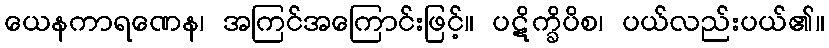
ယေနကာရဏေန၊ အကြင်အကြောင်းဖြင့်။ ပဋိက္ခိပိစ၊ ပယ်လည်းပယ်၏။